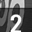
Digit: 2